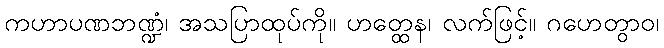
ကဟာပဏဘဏ္ဍံ၊ အသပြာထုပ်ကို။ ဟတ္ထေန၊ လက်ဖြင့်။ ဂဟေတွာဝ၊